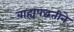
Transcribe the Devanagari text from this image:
बाह्यपद्धतीने